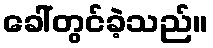
ခေါ်တွင်ခဲ့သည်။